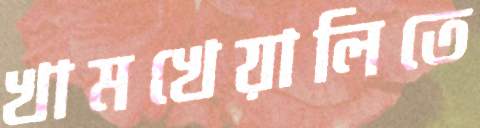
খামখেয়ালিতে